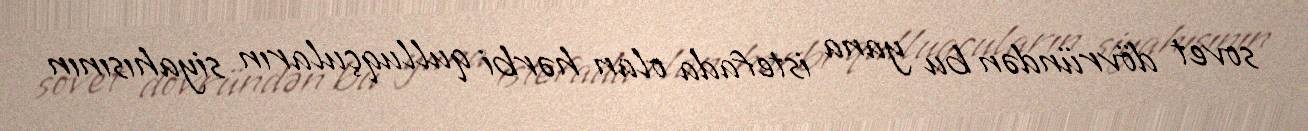
sovet dövründən bu yana istefada olan hərbi qulluqçuların siyahısının